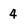
Character: 4